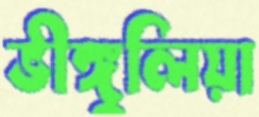
ভীঙ্গুলিয়া